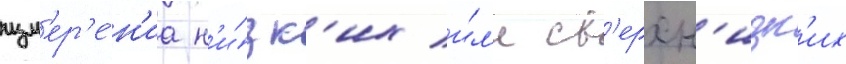
изм'ер'е́н'иа н'и́зк'их и́л'и св'ерхн'изк'их